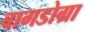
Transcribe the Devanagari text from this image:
बागडोग्रा